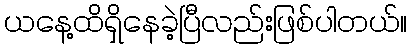
ယနေ့ထိရှိနေခဲ့ပြီလည်းဖြစ်ပါတယ်။